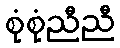
စုံစုံညီညီ